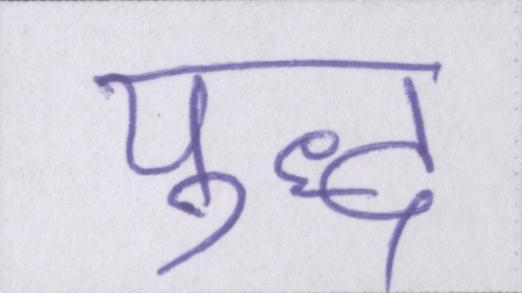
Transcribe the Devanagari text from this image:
युद्ध